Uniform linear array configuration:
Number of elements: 32
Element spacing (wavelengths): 1
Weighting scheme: hamming
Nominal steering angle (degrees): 45
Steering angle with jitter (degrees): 44.231
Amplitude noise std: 0.05
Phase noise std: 0.05

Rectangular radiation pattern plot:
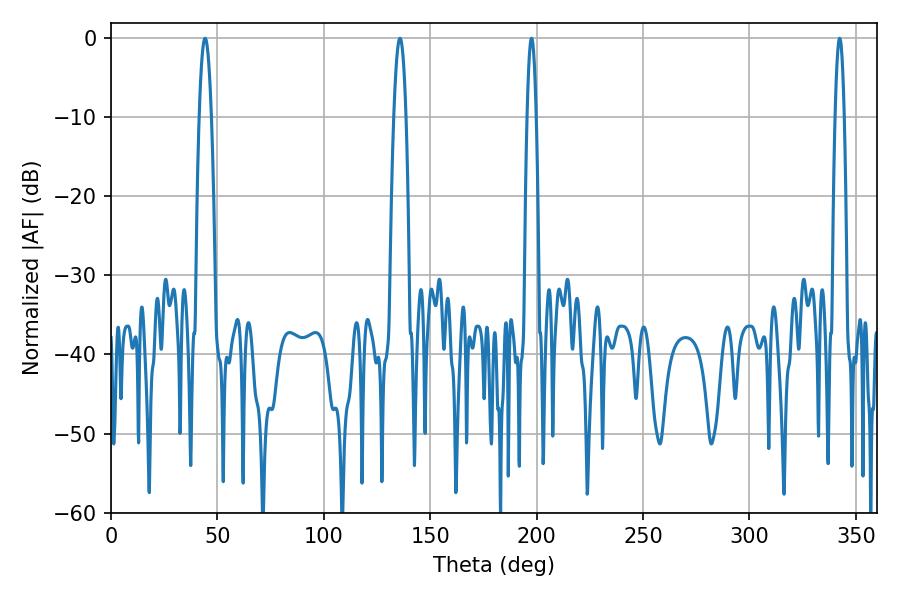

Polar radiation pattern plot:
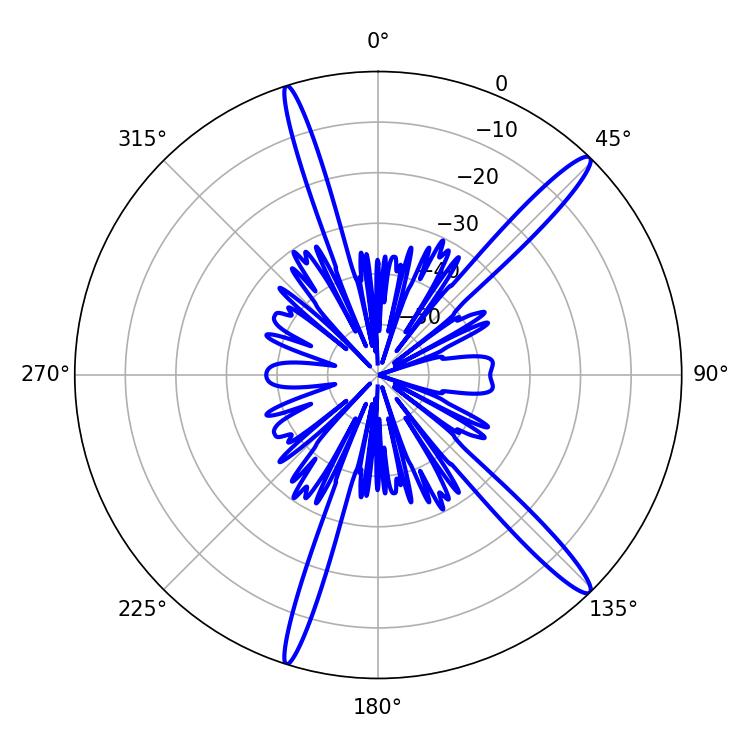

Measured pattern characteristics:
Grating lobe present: TRUE
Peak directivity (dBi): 15.5
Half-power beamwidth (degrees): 2.16
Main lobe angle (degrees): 342.36